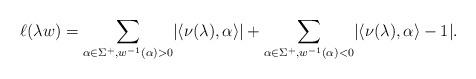
LaTeX: \begin{align*}\ell(\lambda w) = \sum_{\alpha\in\Sigma^+,w^{-1}(\alpha) > 0}\lvert\langle\nu(\lambda),\alpha\rangle\rvert + \sum_{\alpha\in\Sigma^+,w^{-1}(\alpha) < 0}\lvert\langle\nu(\lambda),\alpha\rangle - 1\rvert.\end{align*}